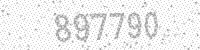
Solution: 897790